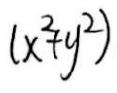
$(x^{2}+y^{2})$